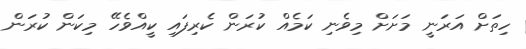
ހިތަށް އަރަނީ މަށަށް މިވެނި ކަމެއް ކުރަން ކެރިފައި ކީއްވެހޭ މިކަން ކުރަން